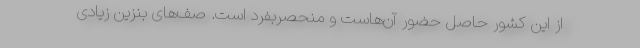
از این کشور حاصل حضور آن‌هاست و منحصربفرد است. صف‌های بنزین زیادی